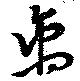
离